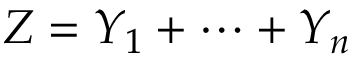
Z = Y _ { 1 } + \cdots + Y _ { n }